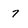
Character: 7